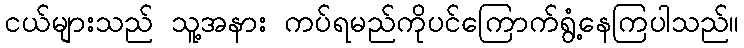
ငယ်များသည် သူ့အနား ကပ်ရမည်ကိုပင်ကြောက်ရွံ့နေကြပါသည်။